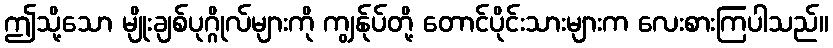
ဤသို့သော မျိုးချစ်ပုဂ္ဂိုလ်များကို ကျွန်ုပ်တို့ တောင်ပိုင်းသားများက လေးစားကြပါသည်။